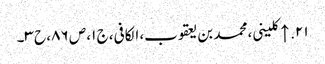
۲۱. ↑ کلینی، محمد بن یعقوب، الکافی، ج ۱، ص ۸۶، ح ۳۔